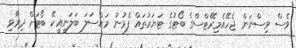
ވެސް ވިސްނަން ޖެހޭއެމިރޭޓްސްގެ ބޯޓުގެ ޓަޔަރުތައް ފެޅުނު މައްސަލަ ބަލަނީއީކޭ ބޯޓަށް ދިމާވި